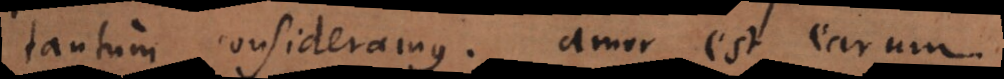
tantum consideramus; amor est earum